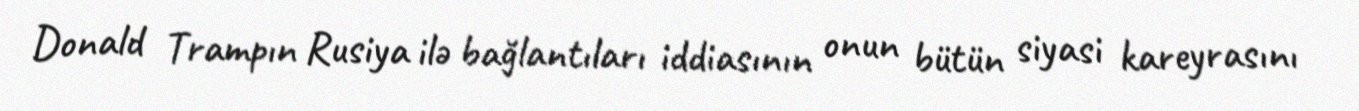
Donald Trampın Rusiya ilə bağlantıları iddiasının onun bütün siyasi kareyrasını